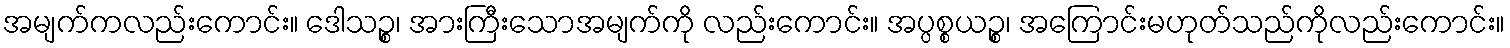
အမျက်ကလည်းကောင်း။ ဒေါသဉ္စ၊ အားကြီးသောအမျက်ကို လည်းကောင်း။ အပ္ပစ္စယဉ္စ၊ အကြောင်းမဟုတ်သည်ကိုလည်းကောင်း။